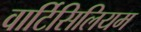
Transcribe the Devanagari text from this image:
वार्टिसिलियम